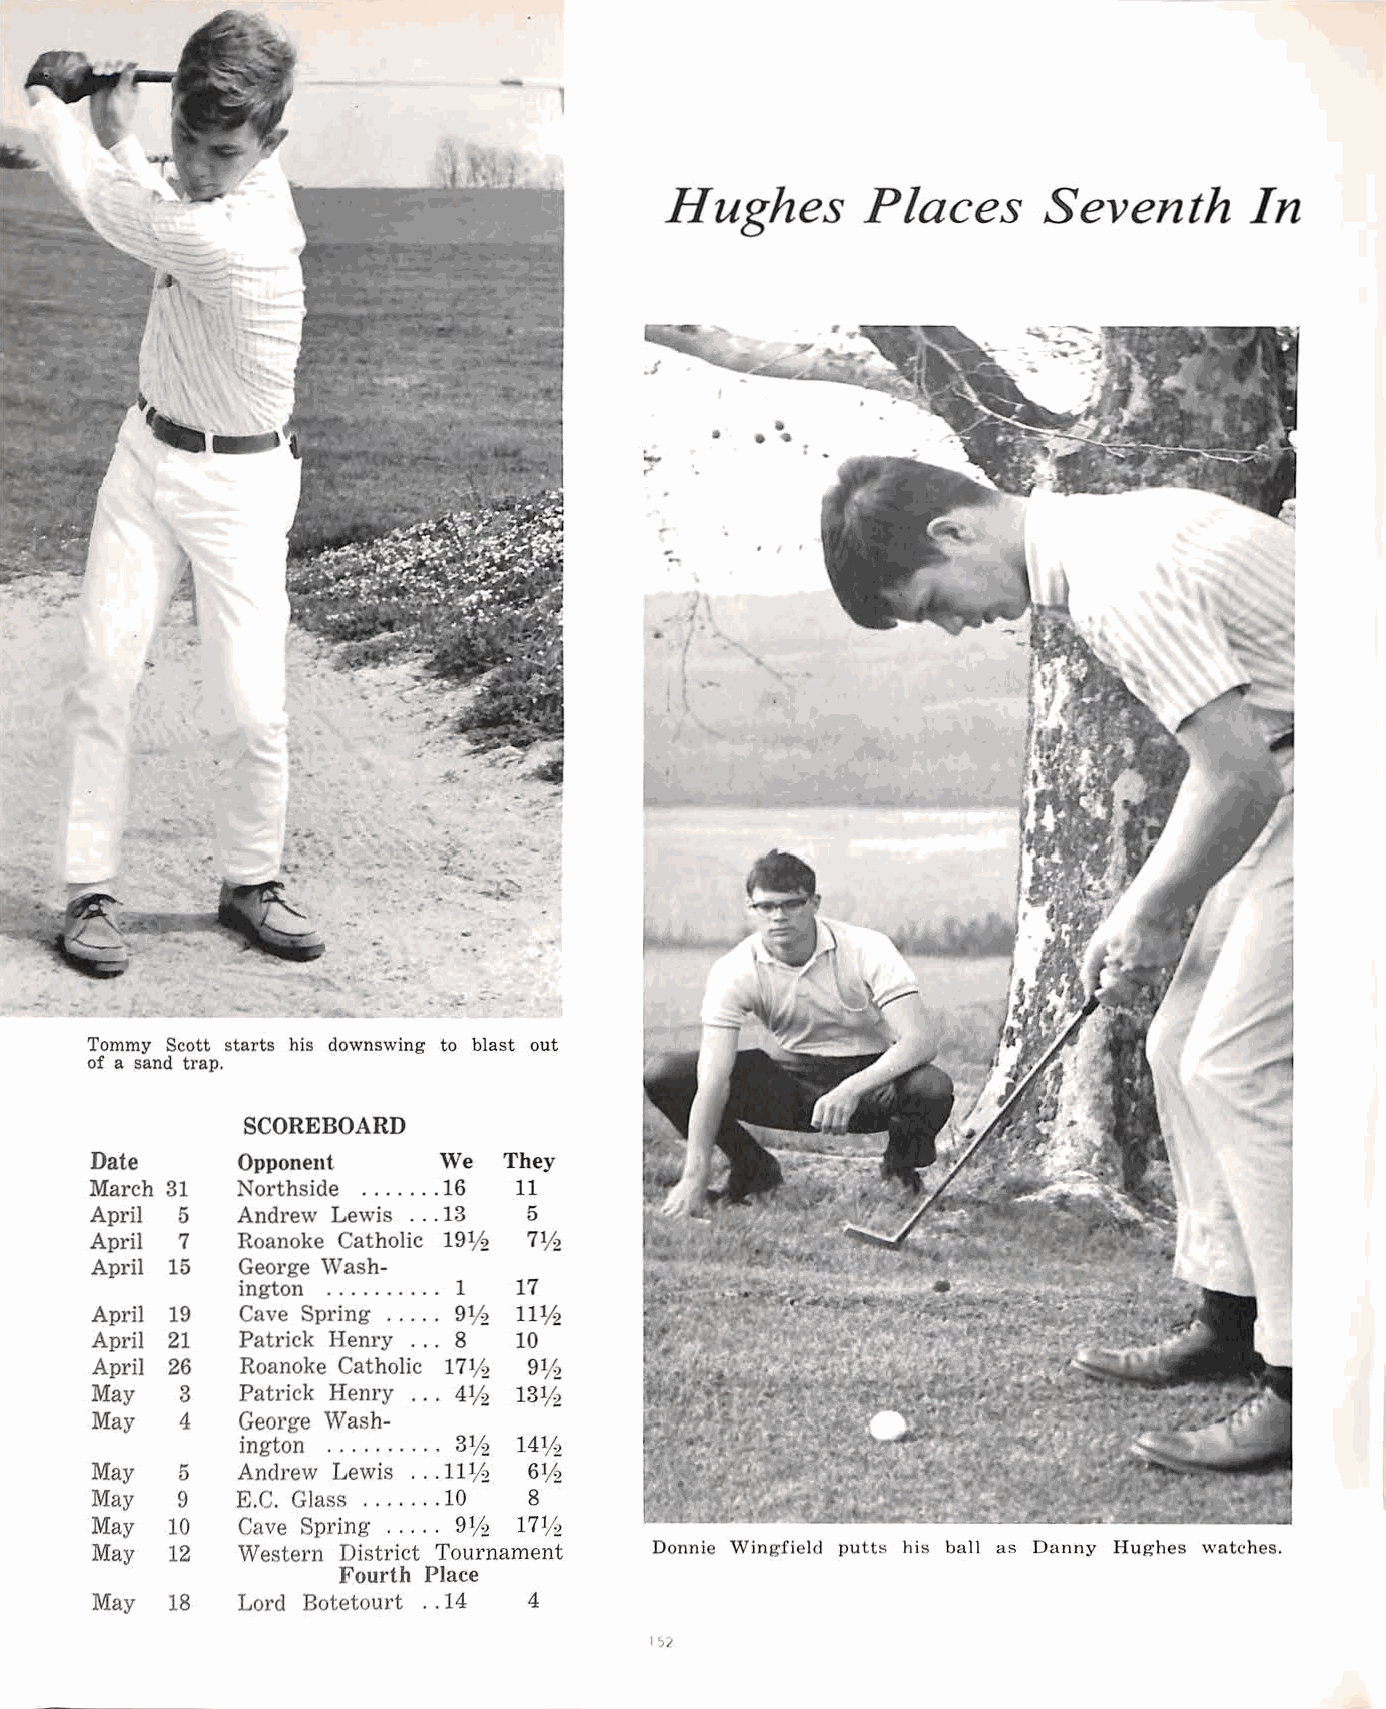
Hughes       Places      Seventh       In
 Tommy Scott starts his downswing to blast out
 of a sand trap.
 SCOREBOARD
 Date      Opponent     We  They
 March 31  Northside ....... 16 11
 April 5   Andrew Lewis ... 13 5
 April 7   Roanoke Catholic 19112 7112
 April 15  George Wash-
 ington .......... 1 17
 April 19  Cave Spring ..... 9112 11112
 April 21  Patrick Henry . . . 8 10
 April 26  Roanoke Catholic 171/ 91/2
 2
 May   3   Patrick Henry . . . 4112 13112
 May   4   George Wash-
 ington . . . . . . . . . . 31/2 14V2
 May   5   Andrew Lewis ... 111/2 61;2
 May   9   E.C. Glass ..... . . 10 8
 May  10   Cave Spring ..... 9112 171;2
 May  12   Western District Tournament Donnie Wingfield putt~ his ball as Danny Hughes watches.
 Fourth Place
 May  18   Lord Botetourt .. 14 4
 I')/